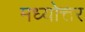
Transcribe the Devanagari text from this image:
मध्योत्तर